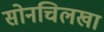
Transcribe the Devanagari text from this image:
सोनचिलखा